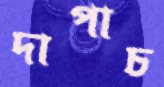
দাপাচ